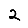
Digit: 2